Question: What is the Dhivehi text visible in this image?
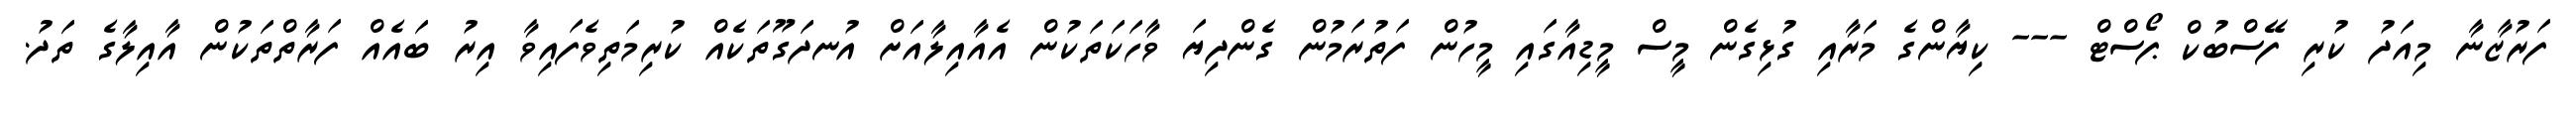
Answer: ފަރުޒާނާ މިއަދު ކުރި ފޭސްބުކް ޕޯސްޓް --- ކިޔާންގެ މަރާއި ގުޅިގެން މީސް މީޑިއާގައި މީހުން ފަތުރަމުން ގެންދިޔަ ވާހަކަތަކުން އެއާއިލާއަށް އުނދަގޫތަކެއް ކުރިމަތިވެފައިވާ އިރު ބައެއް ފަރާތްތަކުން އާއިލާގެ ތަދު.